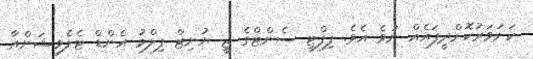
ކަށަވަރުކޮށްދީފައެއް ނުވެ އެވެ. ފިފްޓީ ސެންޓްގެ ޖީ ޔުނިޓް ފިލްމު އެންޑް ޓެލެވިޝަންއާ